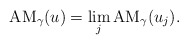
\begin{align*}\textup{AM}_\gamma(u)= \lim_j \textup{AM}_\gamma(u_j).\end{align*}